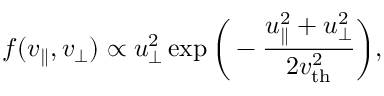
f ( v _ { \parallel } , v _ { \perp } ) \propto u _ { \perp } ^ { 2 } \exp \bigg ( - \frac { u _ { \parallel } ^ { 2 } + u _ { \perp } ^ { 2 } } { 2 v _ { \mathrm { t h } } ^ { 2 } } \bigg ) ,